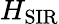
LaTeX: H_{\mathrm{SIR}}